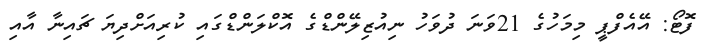
ފޮޓޯ: އޭއެފްޕީ މިމަހުގެ 21ވަނަ ދުވަހު ނިއުޒިލޭންޑްގެ އޮކްލަންޑްގައި ކުރިއަށްދިޔަ ޗައިނާ އާއި